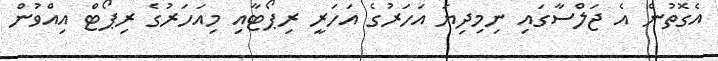
އެގޮތުން އެ ޖަލްސާގައި ނިމިދިޔަ އަހަރުގެ އަހަރީ ރިޕޯޓާއި މިއަހަރުގެ ރިޕޯޓް އިއްވުން